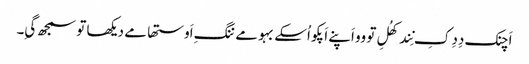
اَچنک دِدِ کِ نِند کھُلِ تو وو اَپنے اَپکو اُسکے بہو مے ننگِ اَوستھا مے دیکھا تو سمجھ گیِ۔